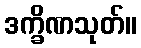
ဒက္ခိဏသုတ်။